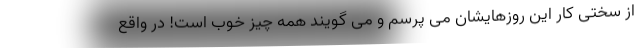
از سختی کار این روزهایشان می پرسم و می گویند همه چیز خوب است! در واقع